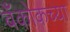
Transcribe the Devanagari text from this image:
बँकोकच्या